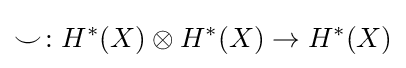
\smile \colon H^{*}(X)\otimes H^{*}(X)\to H^{*}(X)